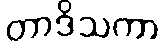
တာဒိသကာ